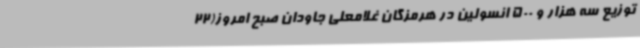
توزیع سه هزار و 500 انسولین در هرمزگان غلامعلی جاودان صبح امروز(22